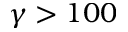
\gamma > 1 0 0